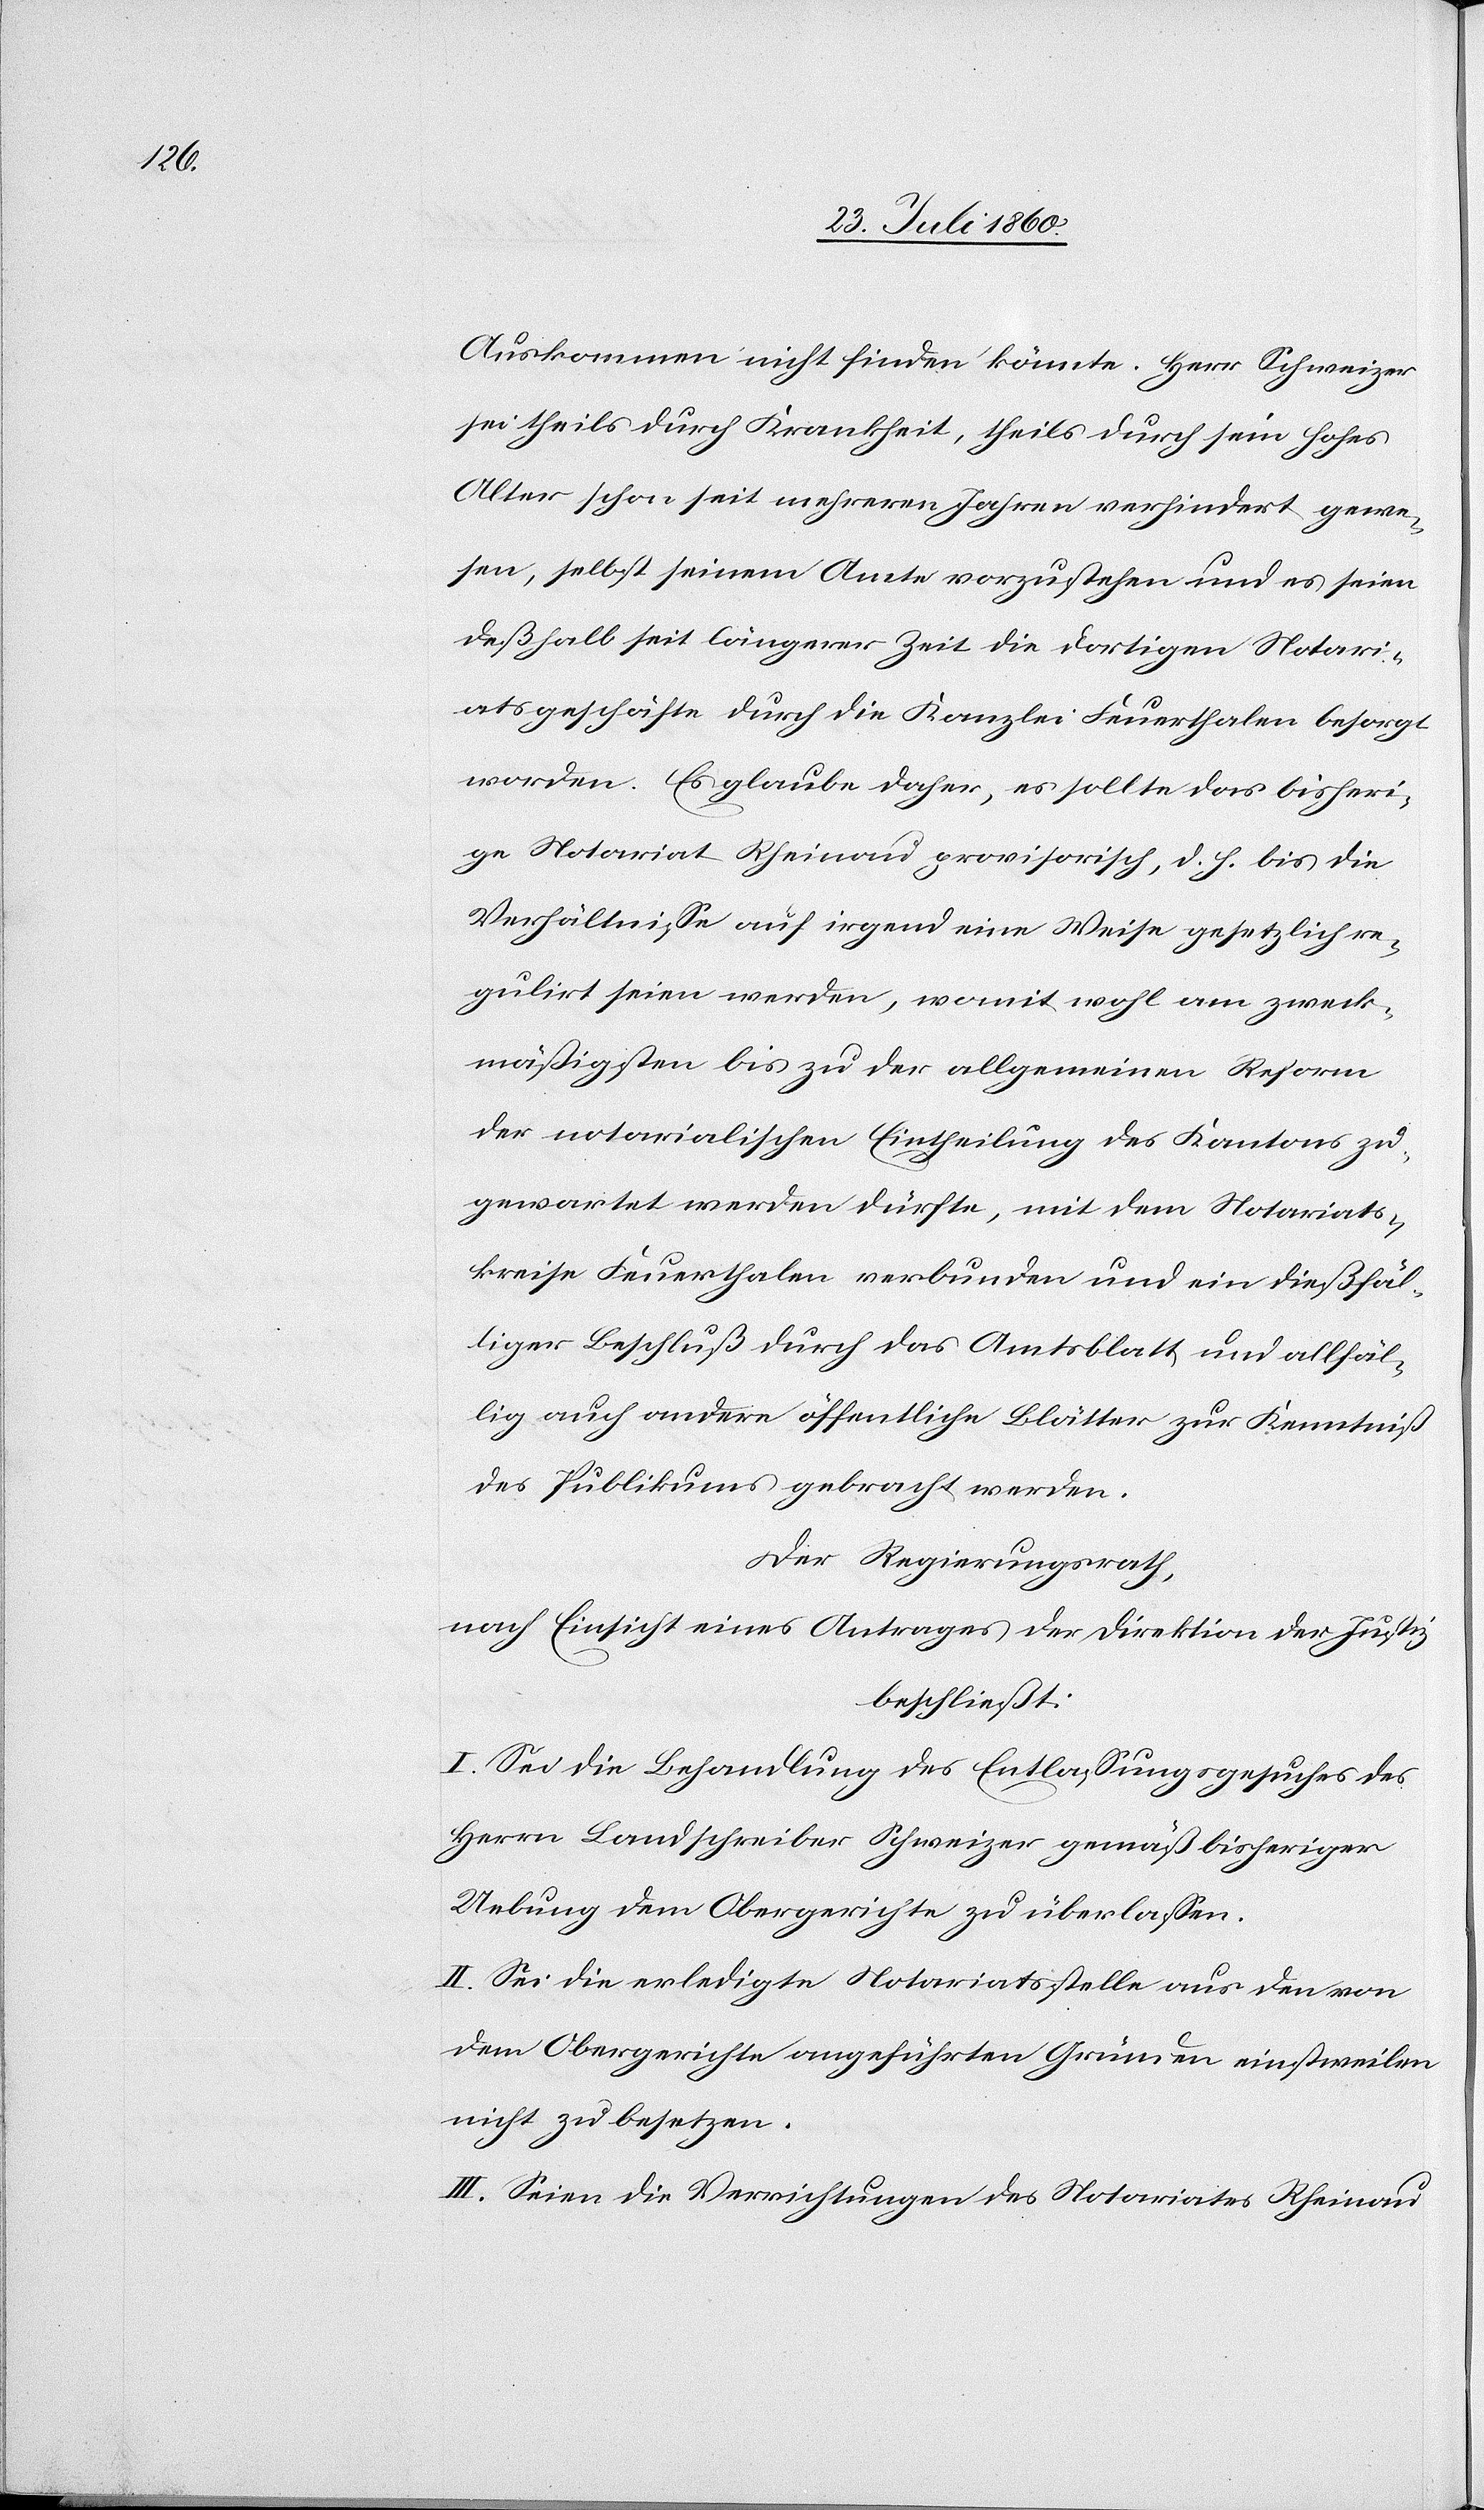
Auskommen nicht finden könnte. Herr Schweizer
sei theils durch Krankheit, theils durch sein hohes
Alter schon seit mehrern Jahren verhindert gewe¬
sen, selbst seinem Amte vorzustehen, und es seien
deshalb seit längerer Zeit die dortigen Notari¬
atsgeschäfte durch die Kanzlei Feuerthalen besorgt
worden. Es glaube daher, es sollte das bisheri¬
ge Notariat Rheinau provisorisch, d. h. bis die
Verhältnisse auf irgend eine Weise gesetzlich re¬
gulirt sein werden, womit wohl am zweck¬
mässigsten bis zu der allgemeinen Reform
der notarialischen Eintheilung des Kantons zu¬
gewartet werden dürfte, mit dem Notariats¬
kreise Feuerthalen verbunden und ein diesfäl¬
liger Beschluss durch das Amtsblatt und allfäl¬
lig auch andere öffentliche Blätter zur Kenntniss
des Publikums gebracht werden.
Der Regierungsrath,
nach Einsicht eines Antrages der Direktion der Justiz,
beschliesst:
I. Sei die Behandlung des Entlassungsgesuches des
Herrn Landschreiber Schweizer gemäss bisheriger
Uebung dem Obergerichte zu überlassen.
II. Sei die erledigte Notariatsstelle aus den von
dem Obergerichte angeführten Gründen einstweilen
nicht zu besetzen.
III. Seien die Verrichtungen des Notariates Rheinau